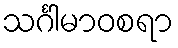
သင်္ဂါမာဝစရာ